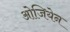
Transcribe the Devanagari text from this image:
ओजियेन